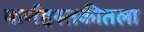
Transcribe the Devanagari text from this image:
कर्णहस्तकीतला